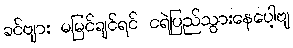
ခင်ဗျား မမြင်ချင်ရင် ငရဲပြည်သွားနေပေါ့ဗျ